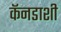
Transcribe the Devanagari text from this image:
कॅनडाशी